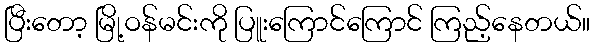
ပြီးတော့ မြို့ဝန်မင်းကို ပြူးကြောင်ကြောင် ကြည့်နေတယ်။